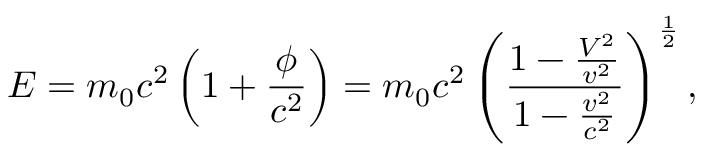
E = m _ { 0 } c ^ { 2 } \left( 1 + \frac { \phi } { c ^ { 2 } } \right) = m _ { 0 } c ^ { 2 } \left( \frac { { 1 - \frac { V ^ { 2 } } { v ^ { 2 } } } } { { 1 - \frac { v ^ { 2 } } { c ^ { 2 } } } } \right) ^ { \frac { 1 } { 2 } } ,